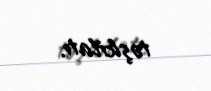
təşkilatı.